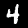
Digit: 4